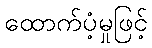
ထောက်ပံ့မှုဖြင့်